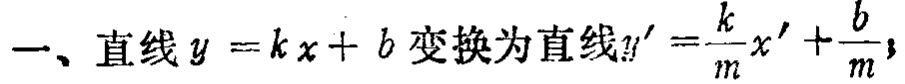
一、直线\(y = kx + b\)变换为直线\(y'=\frac{k}{m}x'+\frac{b}{m}\)；